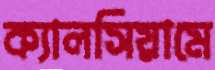
ক্যালসিয়ামে